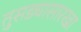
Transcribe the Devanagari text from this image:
तुसड्यासारखा